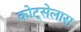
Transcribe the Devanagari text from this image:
कोट्सेलास